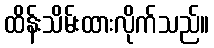
ထိန်းသိမ်းထားလိုက်သည်။